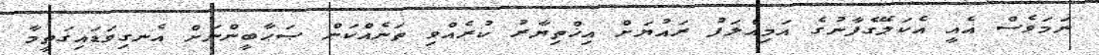
ނަމަވެސް އެއީ އެކަލޭގެފާނުގެ އަމިއްލަފު ރައުޔަށް އިޚްތިޔާރު ކުރެއްވި ތަނެއްކަން ޞަޙާބީންނަށް އެނގިވަޑައިގަތީމާ